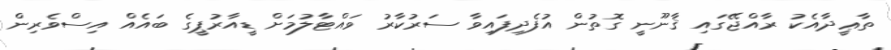
ތާޢީދާއެކު ރާއްޖޭގައި ޤާނޫނީ ގޮތުން އުފެދިފައިވާ ސަރުކާރު ވައްޓާލުމަށް ޑީއާރުޕީގެ ބައެއް އިސްވެރިން